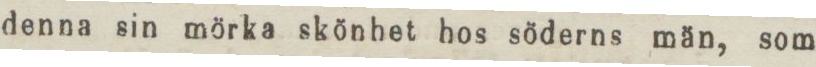
denna sin mörka skönhet hos söderns män, som